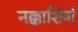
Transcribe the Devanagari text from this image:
नक्काशियाँ